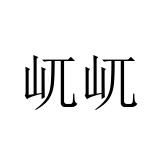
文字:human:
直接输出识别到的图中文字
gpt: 屼屼